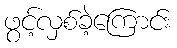
ဖွင့်လှစ်ခဲ့ကြောင်း